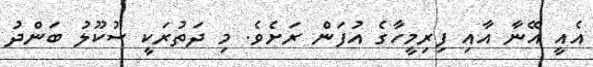
އެއީ އޭނާ އާއި ފިރިމީހާގެ އުފަން ރަށެވެ. މި ދަތުރަކީ ސުކޫލު ބަންދު